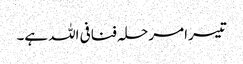
تیسرا مرحلہ فنافی اللہ ہے۔